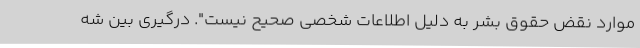
موارد نقض حقوق بشر به دلیل اطلاعات شخصی صحیح نیست". درگیری بین شه